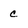
Character: c